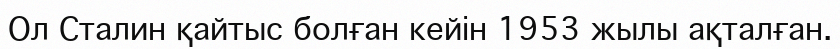
Ол Сталин қайтыс болған кейін 1953 жылы ақталған.